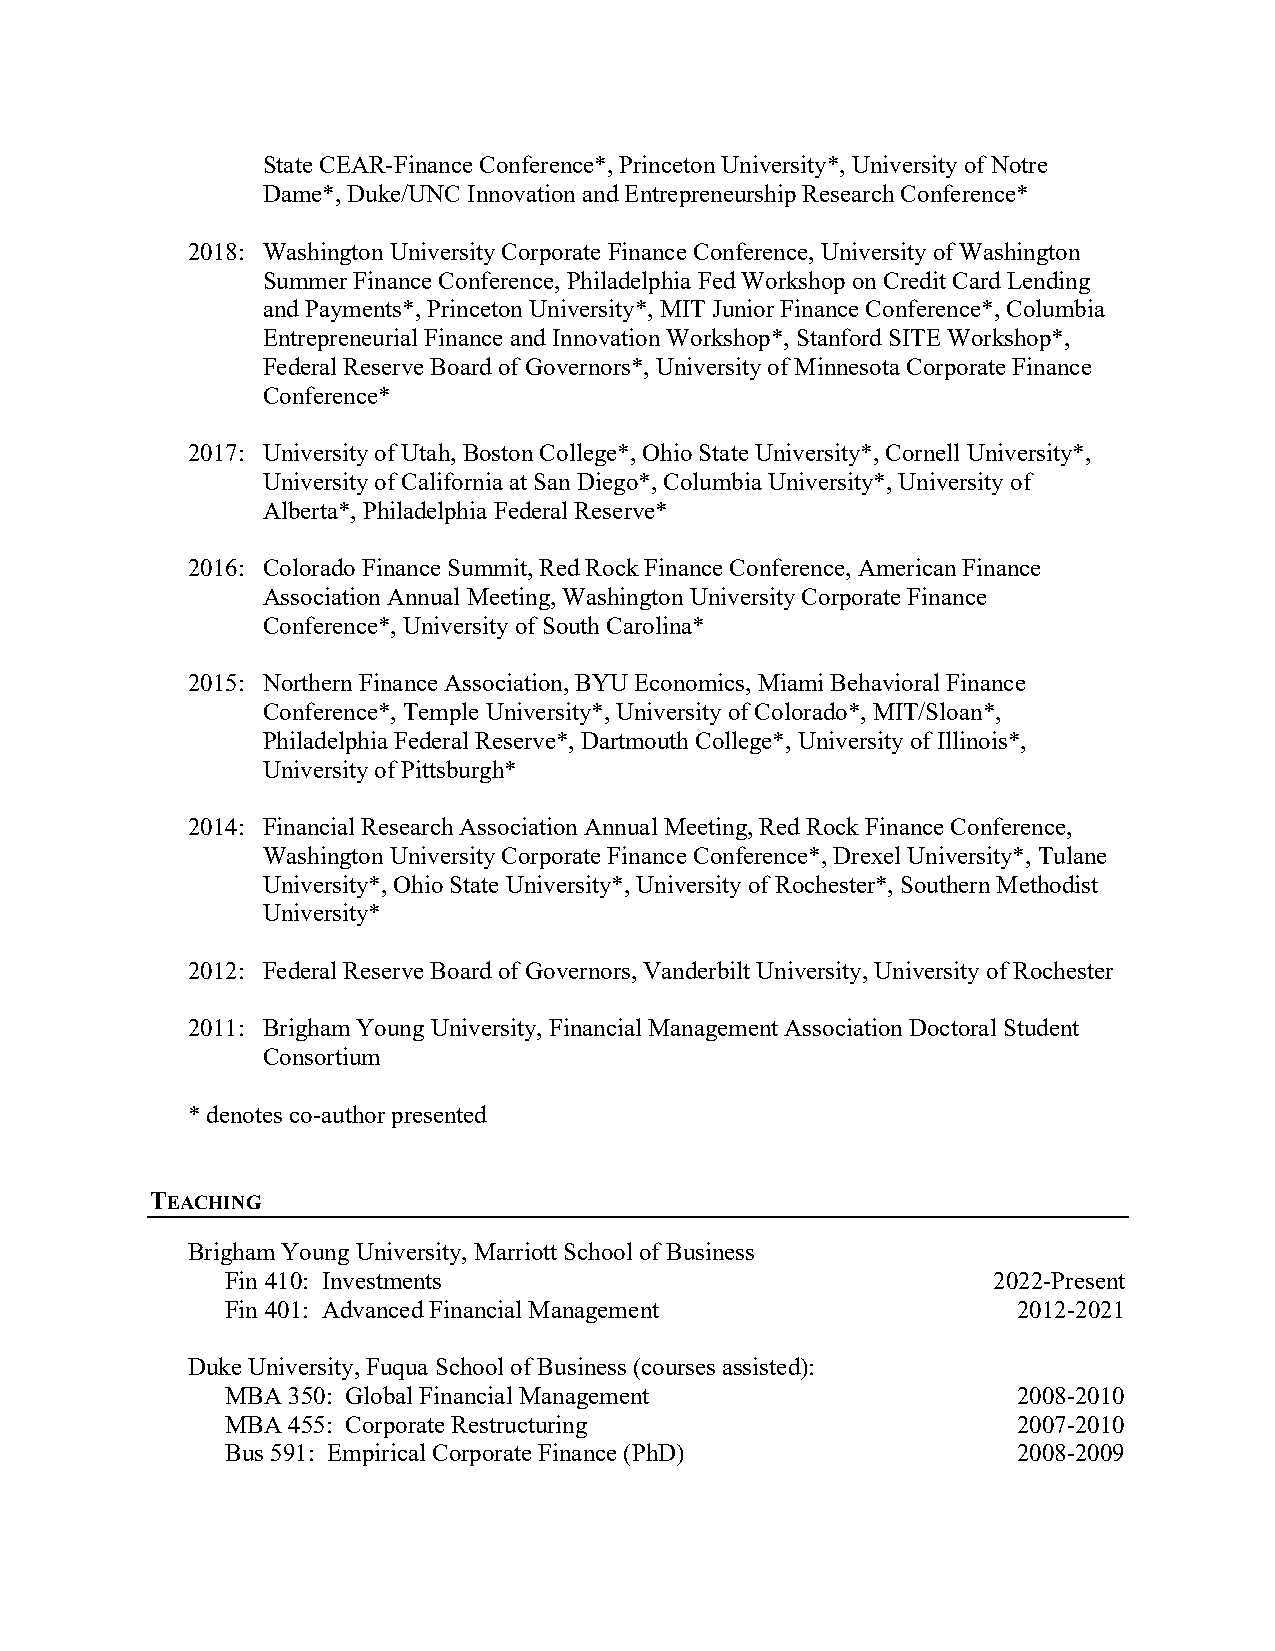
State CEAR-Finance Conference*, Princeton University*, University of Notre
 Dame*, Duke/UNC Innovation and Entrepreneurship Research Conference*
 2018: Washington University Corporate Finance Conference, University of Washington
 Summer Finance Conference, Philadelphia Fed Workshop on Credit Card Lending
 and Payments*, Princeton University*, MIT Junior Finance Conference*, Columbia
 Entrepreneurial Finance and Innovation Workshop*, Stanford SITE Workshop*,
 Federal Reserve Board of Governors*, University of Minnesota Corporate Finance
 Conference*
 2017: University of Utah, Boston College*, Ohio State University*, Cornell University*,
 University of California at San Diego*, Columbia University*, University of
 Alberta*, Philadelphia Federal Reserve*
 2016: Colorado Finance Summit, Red Rock Finance Conference, American Finance
 Association Annual Meeting, Washington University Corporate Finance
 Conference*, University of South Carolina*
 2015: Northern Finance Association, BYU Economics, Miami Behavioral Finance
 Conference*, Temple University*, University of Colorado*, MIT/Sloan*,
 Philadelphia Federal Reserve*, Dartmouth College*, University of Illinois*,
 University of Pittsburgh*
 2014: Financial Research Association Annual Meeting, Red Rock Finance Conference,
 Washington University Corporate Finance Conference*, Drexel University*, Tulane
 University*, Ohio State University*, University of Rochester*, Southern Methodist
 University*
 2012: Federal Reserve Board of Governors, Vanderbilt University, University of Rochester
 2011: Brigham Young University, Financial Management Association Doctoral Student
 Consortium
 * denotes co-author presented
 TEACHING
 Brigham Young University, Marriott School of Business
 Fin 410: Investments                               2022-Present
 Fin 401: Advanced Financial Management              2012-2021
 Duke University, Fuqua School of Business (courses assisted):
 MBA 350: Global Financial Management                2008-2010
 MBA 455: Corporate Restructuring                    2007-2010
 Bus 591: Empirical Corporate Finance (PhD)          2008-2009